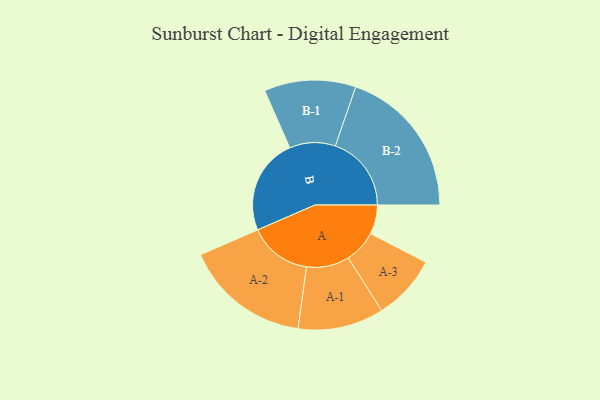
{"axis": {"x": "Segment", "y": "Value"}, "legend": ["", "A", "B"], "data": [{"x": "A", "y": 111, "type": ""}, {"x": "B", "y": 365, "type": ""}, {"x": "A-1", "y": 163, "type": "A"}, {"x": "A-2", "y": 239, "type": "A"}, {"x": "A-3", "y": 124, "type": "A"}, {"x": "B-1", "y": 174, "type": "B"}, {"x": "B-2", "y": 289, "type": "B"}]}